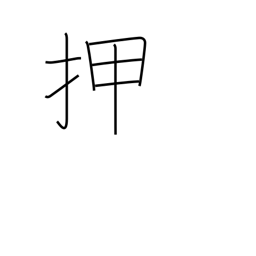
Meaning: shove